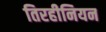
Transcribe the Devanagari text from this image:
तिरहीनियन